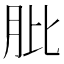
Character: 肶